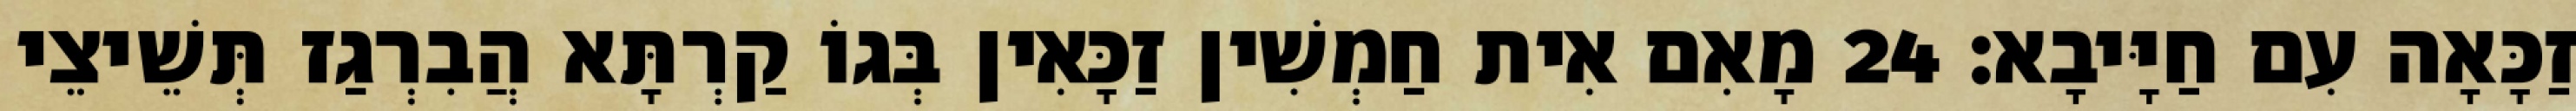
זַכָּאָה עִם חַיָּיבָא׃ 24 מָאִם אִית חַמְשִׁין זַכָּאִין בְּגוֹ קַרְתָּא הֲבִרְגַז תְּשֵׁיצֵי